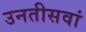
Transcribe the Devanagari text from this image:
उनतीसवां